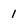
Character: 1